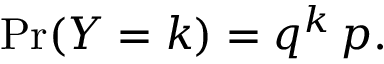
\operatorname* { P r } ( Y = k ) = q ^ { k } \, p .